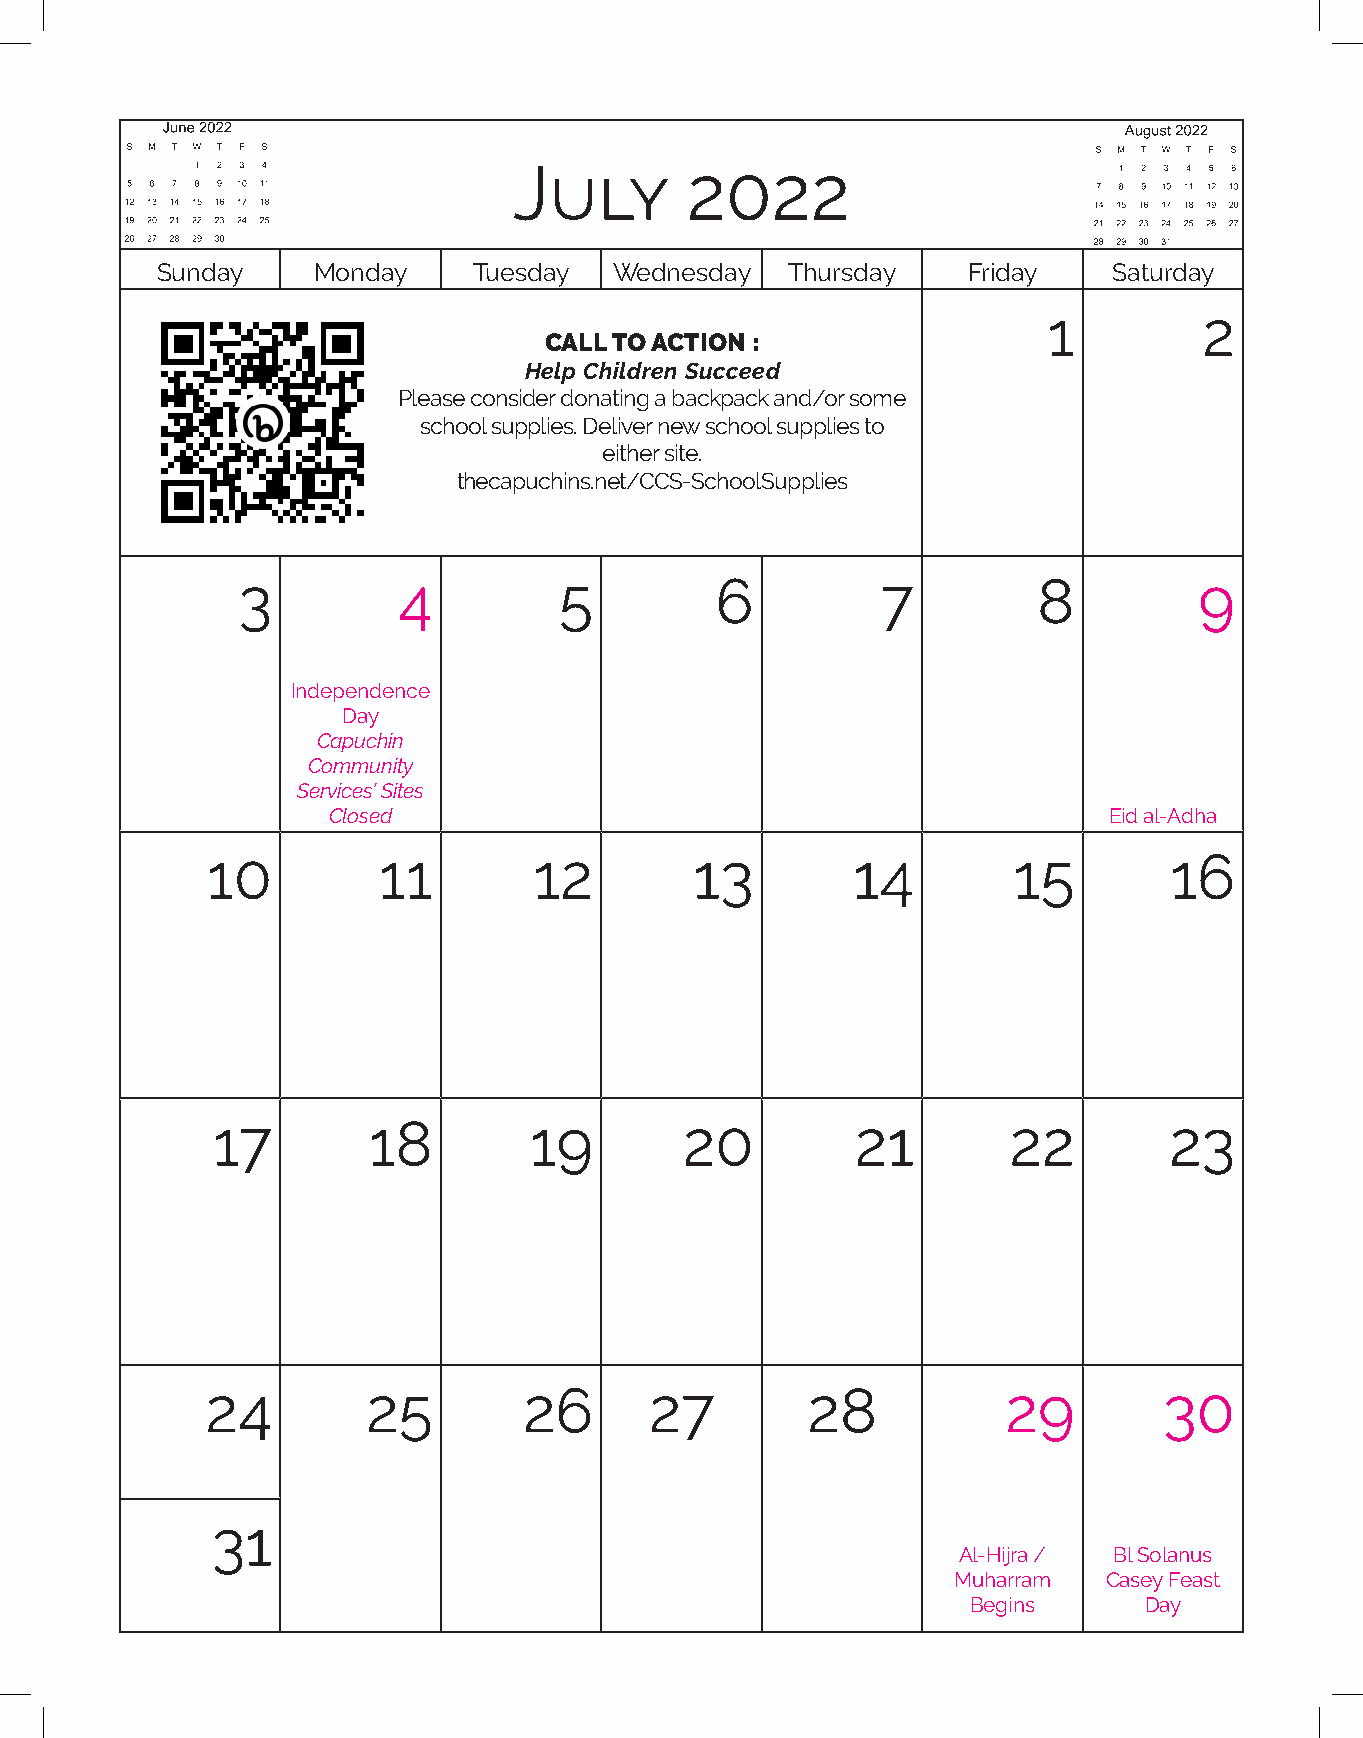
June 2020
 S M T W T F S
 1 2 3 4 5 6
 July       2022
 7 8 9 10111213
 14151617181920
 21222324252627
 282930
 Sunday     Monday    Tuesday   Wednesday  Thursday    Friday    Saturday
 1          2
 CALL TO ACTION :
 Help Children Succeed
 Please consider donating a backpack and/or some
 school supplies. Deliver new school supplies to
 either site.
 thecapuchins.net/CCS-SchoolSupplies
 3         4          5         6          7          8         9
 Independence
 Day
 Capuchin
 Community
 Services’ Sites
 Closed                                             Eid al-Adha
 10         11        12         13        14         15        16
 17        18         19        20          21        22        23
 24        25         26      27        28            29        30
 31
 Al-Hijra / Bl Solanus
 Muharram  Casey Feast
 Begins      Day